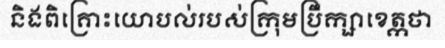
និងពិគ្រោះយោបល់របស់ក្រុមប្រឹក្សាខេត្កថា